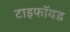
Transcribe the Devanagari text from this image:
टाइफॉयड